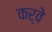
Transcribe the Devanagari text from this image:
कर्वेे